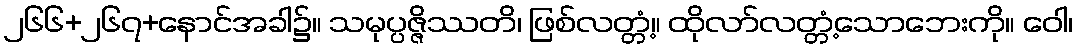
၂၆၆+၂၆၇+နောင်အခါ၌။ သမုပ္ပဇ္ဇိဿတိ၊ ဖြစ်လတ္တံ့။ ထိုလာ်လတ္တံ့သောဘေးကို။ ဝေါ၊